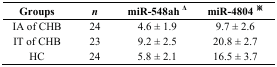
<table><thead><tr><td><b>Groups</b></td><td><b><i>n</i></b></td><td><b>miR-548ah <sup>Δ</sup></b></td><td><b>miR-4804 <sup>※</sup></b></td></tr></thead><tbody><tr><td>IA of CHB</td><td>24</td><td>4.6 ± 1.9</td><td>9.7 ± 2.6</td></tr><tr><td>IT of CHB</td><td>23</td><td>9.2 ± 2.5 </td><td>20.8 ± 2.7</td></tr><tr><td>HC</td><td>24</td><td>5.8 ± 2.1</td><td>16.5 ± 3.7</td></tr></tbody></table>